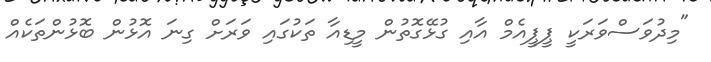
"މިދުވަސްވަރަކީ ޕީޕީއެމް އާއި ގުޅޭގޮތުން މީޑިއާ ތަކުގައި ވަރަށް ގިނަ އޮޅުން ބޮޅުންތަކެއް